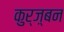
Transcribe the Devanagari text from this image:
कुर्ज़्बन